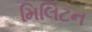
મિલિટન